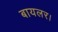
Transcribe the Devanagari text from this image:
बायलर।